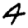
Digit: 4